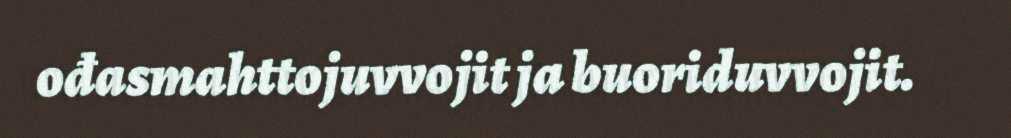
ođasmahttojuvvojit ja buoriduvvojit.